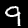
Digit: 9